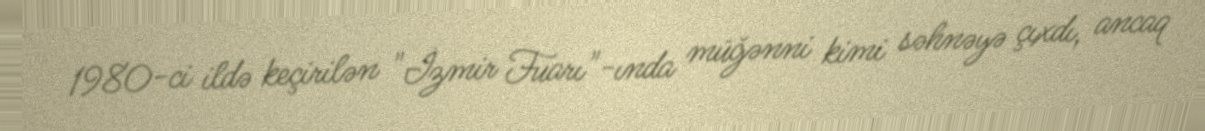
1980-ci ildə keçirilən "İzmir Fuarı"-ında müğənni kimi səhnəyə çıxdı, ancaq